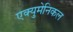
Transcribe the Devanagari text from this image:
एक्युमेनिकल